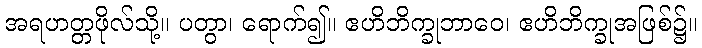
အရဟတ္တဖိုလ်သို့။ ပတွာ၊ ရောက်၍။ ဧဟိဘိက္ခုဘာဝေ၊ ဧဟိဘိက္ခုအဖြစ်၌။